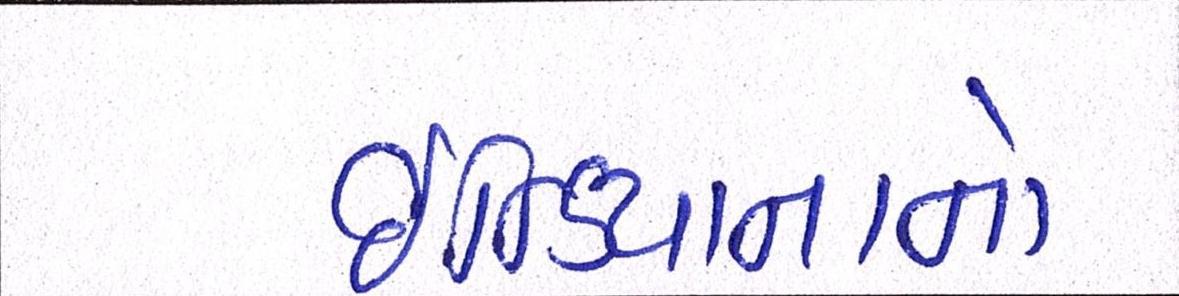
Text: ઇન્ડિયાનાનો